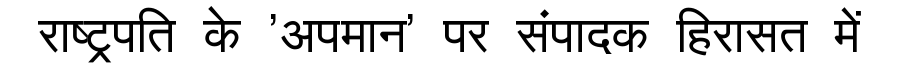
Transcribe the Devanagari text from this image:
राष्ट्रपति के 'अपमान' पर संपादक हिरासत में